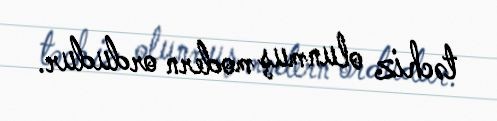
təchiz olunmuş modern ordudur.